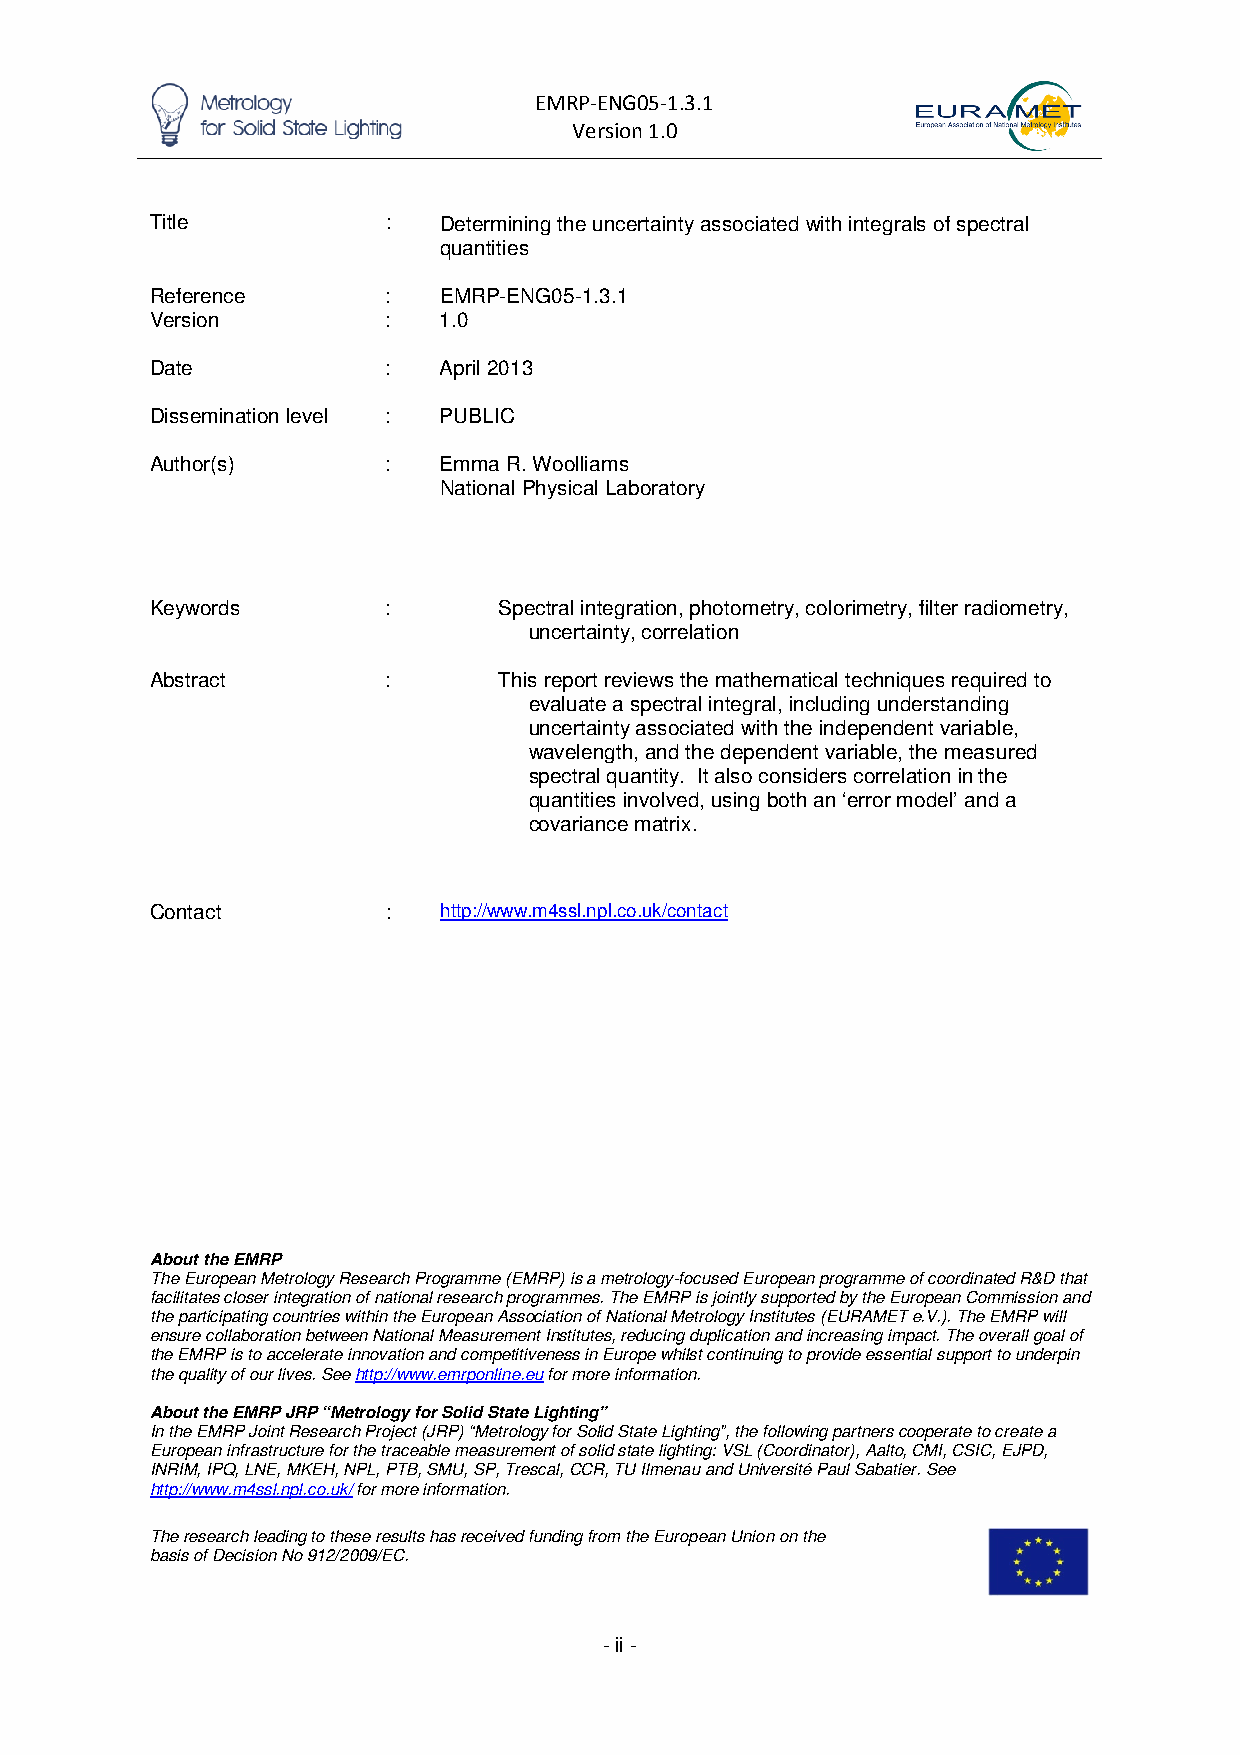
EMRP-ENG05-1.3.1
 Version 1.0
 Title           :  Determining the uncertainty associated with integrals of spectral
 quantities
 Reference       :  EMRP-ENG05-1.3.1
 Version         :  1.0
 Date            :  April 2013
 Dissemination level : PUBLIC
 Author(s)       :  Emma R. Woolliams
 National Physical Laboratory
 Keywords        :      Spectral integration, photometry, colorimetry, filter radiometry,
 uncertainty, correlation
 Abstract        :      This report reviews the mathematical techniques required to
 evaluate a spectral integral, including understanding
 uncertainty associated with the independent variable,
 wavelength, and the dependent variable, the measured
 spectral quantity. It also considers correlation in the
 quantities involved, using both an ‘error model’ and a
 covariance matrix.
 Contact         :  http://www.m4ssl.npl.co.uk/contact
 About the EMRP
 The European Metrology Research Programme (EMRP) is a metrology-focused European programme of coordinated R&D that
 facilitates closer integration of national research programmes. The EMRP is jointly supported by the European Commission and
 the participating countries within the European Association of National Metrology Institutes (EURAMET e.V.). The EMRP will
 ensure collaboration between National Measurement Institutes, reducing duplication and increasing impact. The overall goal of
 the EMRP is to accelerate innovation and competitiveness in Europe whilst continuing to provide essential support to underpin
 the quality of our lives. See http://www.emrponline.eu for more information.
 About the EMRP JRP “Metrology for Solid State Lighting”
 In the EMRP Joint Research Project (JRP) “Metrology for Solid State Lighting”, the following partners cooperate to create a
 European infrastructure for the traceable measurement of solid state lighting: VSL (Coordinator), Aalto, CMI, CSIC, EJPD,
 INRIM, IPQ, LNE, MKEH, NPL, PTB, SMU, SP, Trescal, CCR, TU Ilmenau and Université Paul Sabatier. See
 http://www.m4ssl.npl.co.uk/ for more information.
 The research leading to these results has received funding from the European Union on the
 basis of Decision No 912/2009/EC.
 - ii -